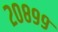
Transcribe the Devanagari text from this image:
२०८९९